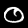
Digit: 0